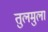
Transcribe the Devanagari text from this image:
तुलमुला